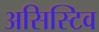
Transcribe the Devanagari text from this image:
असिस्टिव